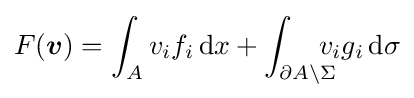
F({\boldsymbol {v}})=\int _{A}v_{i}f_{i}\,\mathrm {d} x+\int _{\partial A\setminus \Sigma }\!\!\!\!\!v_{i}g_{i}\,\mathrm {d} \sigma